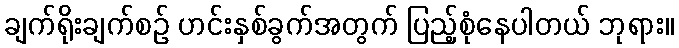
ချက်ရိုးချက်စဉ် ဟင်းနှစ်ခွက်အတွက် ပြည့်စုံနေပါတယ် ဘုရား။